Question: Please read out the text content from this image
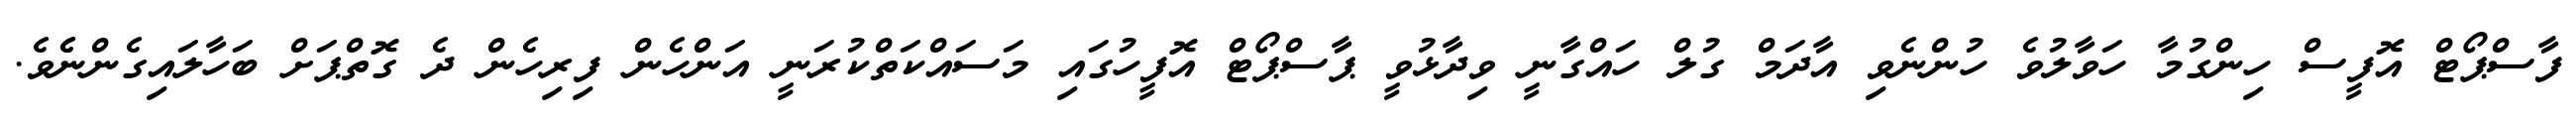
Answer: ފާސްޕޯޓް އޮފީސް ހިންގުމާ ހަވާލުވެ ހުންނެވި އާދަމް ގުލް ހައްގާނީ ވިދާޅުވީ ޕާސްޕޯޓް އޮފީހުގައި މަސައްކަތްކުރަނީ އަންހެން ފިރިހެން ދެ ގޮތްޕަށް ބަހާލައިގެންނެެވެ.